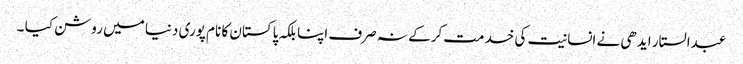
عبدالستار ایدھی نے انسانیت کی خدمت کرکے نہ صرف اپنا بلکہ پاکستان کا نام پوری دنیا میں روشن کیا ۔